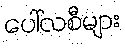
ပေါ်လစီများ